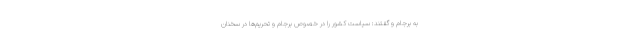
به برجام و گفتند: سیاست کشور را در خصوص برجام و تحریم‌ها در سخنان